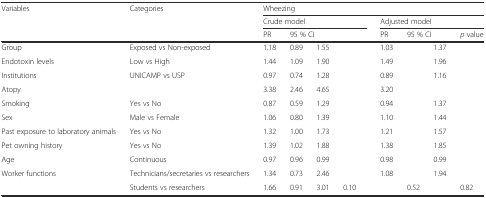
<table><thead><tr><td><b>Variables</b></td><td><b>Categories</b></td><td colspan="8"><b>Wheezing</b></td></tr><tr><td>[EMPTY_CELL]</td><td>[EMPTY_CELL]</td><td colspan="4"><b>Crude model</b></td><td colspan="4"><b>Adjusted model</b></td></tr><tr><td>[EMPTY_CELL]</td><td>[EMPTY_CELL]</td><td><b>PR</b></td><td colspan="2"><b>95 % CI</b></td><td>[EMPTY_CELL]</td><td><b>PR</b></td><td colspan="2"><b>95 % CI</b></td><td><b><i>p</i> value</b></td></tr></thead><tbody><tr><td>Group</td><td>Exposed vs Non-exposed</td><td>1.18</td><td>0.89</td><td>1.55</td><td>[EMPTY_CELL]</td><td>1.03</td><td>[EMPTY_CELL]</td><td>1.37</td><td>[EMPTY_CELL]</td></tr><tr><td>Endotoxin levels</td><td>Low vs High</td><td>1.44</td><td>1.09</td><td>1.90</td><td>[EMPTY_CELL]</td><td>1.49</td><td>[EMPTY_CELL]</td><td>1.96</td><td>[EMPTY_CELL]</td></tr><tr><td>Institutions</td><td>UNICAMP vs USP</td><td>0.97</td><td>0.74</td><td>1.28</td><td>[EMPTY_CELL]</td><td>0.89</td><td>[EMPTY_CELL]</td><td>1.16</td><td>[EMPTY_CELL]</td></tr><tr><td>Atopy</td><td>[EMPTY_CELL]</td><td>3.38</td><td>2.46</td><td>4.65</td><td>[EMPTY_CELL]</td><td>3.20</td><td>[EMPTY_CELL]</td><td>[EMPTY_CELL]</td><td>[EMPTY_CELL]</td></tr><tr><td>Smoking</td><td>Yes vs No</td><td>0.87</td><td>0.59</td><td>1.29</td><td>[EMPTY_CELL]</td><td>0.94</td><td>[EMPTY_CELL]</td><td>1.37</td><td>[EMPTY_CELL]</td></tr><tr><td>Sex</td><td>Male vs Female</td><td>1.06</td><td>0.80</td><td>1.39</td><td>[EMPTY_CELL]</td><td>1.10</td><td>[EMPTY_CELL]</td><td>1.44</td><td>[EMPTY_CELL]</td></tr><tr><td>Past exposure to laboratory animals</td><td>Yes vs No</td><td>1.32</td><td>1.00</td><td>1.73</td><td>[EMPTY_CELL]</td><td>1.21</td><td>[EMPTY_CELL]</td><td>1.57</td><td>[EMPTY_CELL]</td></tr><tr><td>Pet owning history</td><td>Yes vs No</td><td>1.39</td><td>1.02</td><td>1.88</td><td>[EMPTY_CELL]</td><td>1.38</td><td>[EMPTY_CELL]</td><td>1.85</td><td>[EMPTY_CELL]</td></tr><tr><td>Age</td><td>Continuous</td><td>0.97</td><td>0.96</td><td>0.99</td><td>[EMPTY_CELL]</td><td>0.98</td><td>[EMPTY_CELL]</td><td>0.99</td><td>[EMPTY_CELL]</td></tr><tr><td rowspan="2">Worker functions</td><td>Technicians/secretaries vs researchers</td><td>1.34</td><td>0.73</td><td>2.46</td><td>[EMPTY_CELL]</td><td>1.08</td><td>[EMPTY_CELL]</td><td>1.94</td><td>[EMPTY_CELL]</td></tr><tr><td>Students vs researchers</td><td>1.66</td><td>0.91</td><td>3.01</td><td>0.10</td><td>[EMPTY_CELL]</td><td>0.52</td><td>[EMPTY_CELL]</td><td>0.82</td></tr></tbody></table>